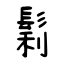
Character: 鬁